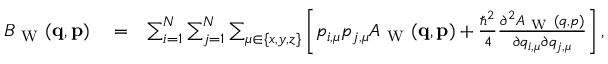
\begin{array} { r l r } { B _ { \mathrm { ~ W ~ } } ( \ensuremath { \mathbf { q } } , \ensuremath { \mathbf { p } } ) } & { { } = } & { \sum _ { i = 1 } ^ { N } \sum _ { j = 1 } ^ { N } \sum _ { \mu \in \{ x , y , z \} } \left[ p _ { i , \mu } p _ { j , \mu } A _ { \mathrm { ~ W ~ } } ( \ensuremath { \mathbf { q } } , \ensuremath { \mathbf { p } } ) + \frac { \hbar ^ { 2 } } { 4 } \frac { \partial ^ { 2 } A _ { \mathrm { ~ W ~ } } ( \b { q } , \b { p } ) } { \partial q _ { i , \mu } \partial q _ { j , \mu } } \right] , } \end{array}